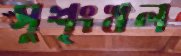
সুশৃংখল